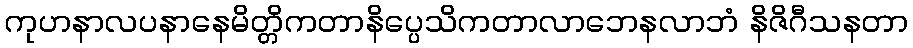
ကုဟနာလပနာနေမိတ္တိကတာနိပ္ပေသိကတာလာဘေနလာဘံ နိဇိဂီသနတာ